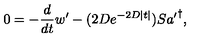
0 = - \frac { d } { d t } w ^ { \prime } - ( 2 D e ^ { - 2 D | t | } ) S { a ^ { \prime } } ^ { \dagger } ,